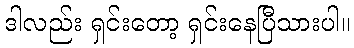
ဒါလည်း ရှင်းတော့ ရှင်းနေပြီသားပါ။